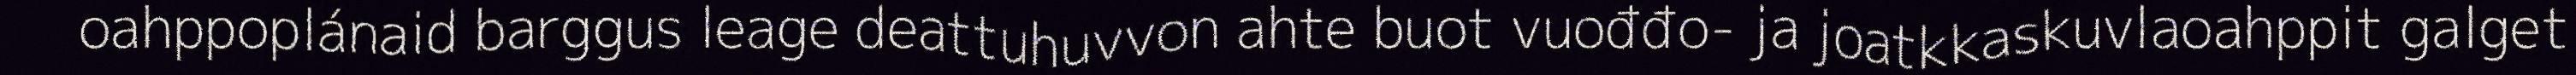
oahppoplánaid barggus leage deattuhuvvon ahte buot vuođđo- ja joatkkaskuvlaoahppit galget